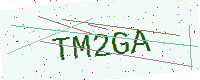
Text: TM2GA